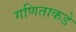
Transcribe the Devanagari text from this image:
गणिताकडे